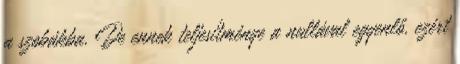
a szobákba. De ennek teljesítménye a nullával egyenlő, ezért